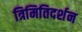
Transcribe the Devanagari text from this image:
त्रिमितिदर्शन